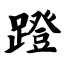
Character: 蹬